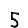
Digit: 5